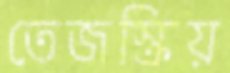
তেজস্ক্রিয়